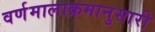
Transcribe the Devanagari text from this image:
वर्णमालाक्रमानुसारी